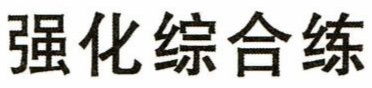
强化综合练